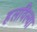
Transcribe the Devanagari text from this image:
हलविल्या